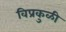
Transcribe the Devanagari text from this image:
विप्रकुळी